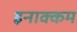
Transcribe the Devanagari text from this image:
इनाक्कम